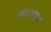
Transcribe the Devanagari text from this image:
लाज्वाब